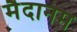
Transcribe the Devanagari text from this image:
मैदानम